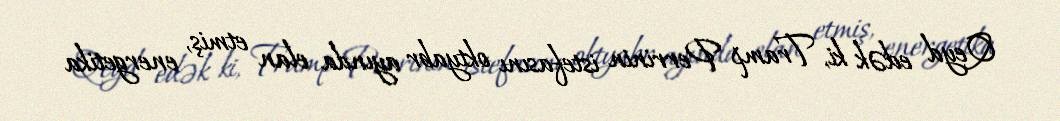
Qeyd edək ki, Tramp Perrinin istefasını oktyabr ayında elan etmiş, energetika